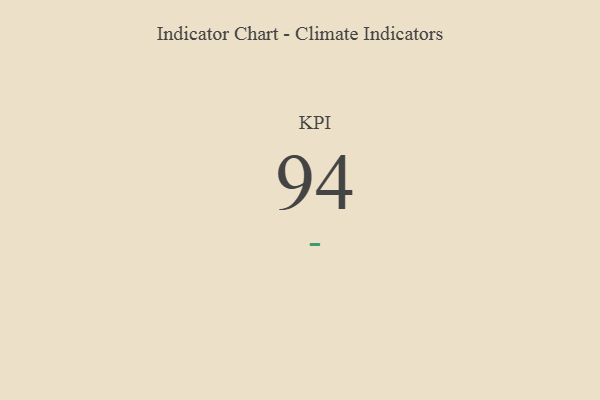
{"axis": {"x": "KPI", "y": "Value"}, "legend": [""], "data": [{"x": "KPI", "y": 94, "type": ""}]}